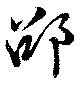
邵